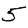
Digit: 5